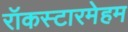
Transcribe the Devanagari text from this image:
रॉकस्टारमेहम